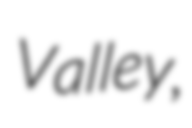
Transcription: Valley,